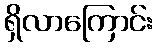
ရှိလာကြောင်း